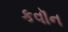
કવૉન